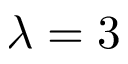
\lambda = 3